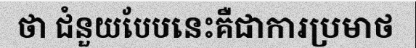
ថា ជំនួយបែបនេះគឺជាការប្រមាថ